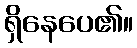
ရှိနေပေ၏။